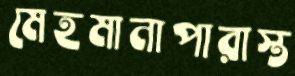
মেহমানাপারাস্ত